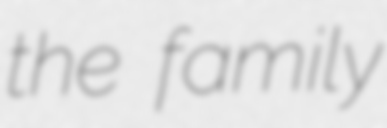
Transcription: the family